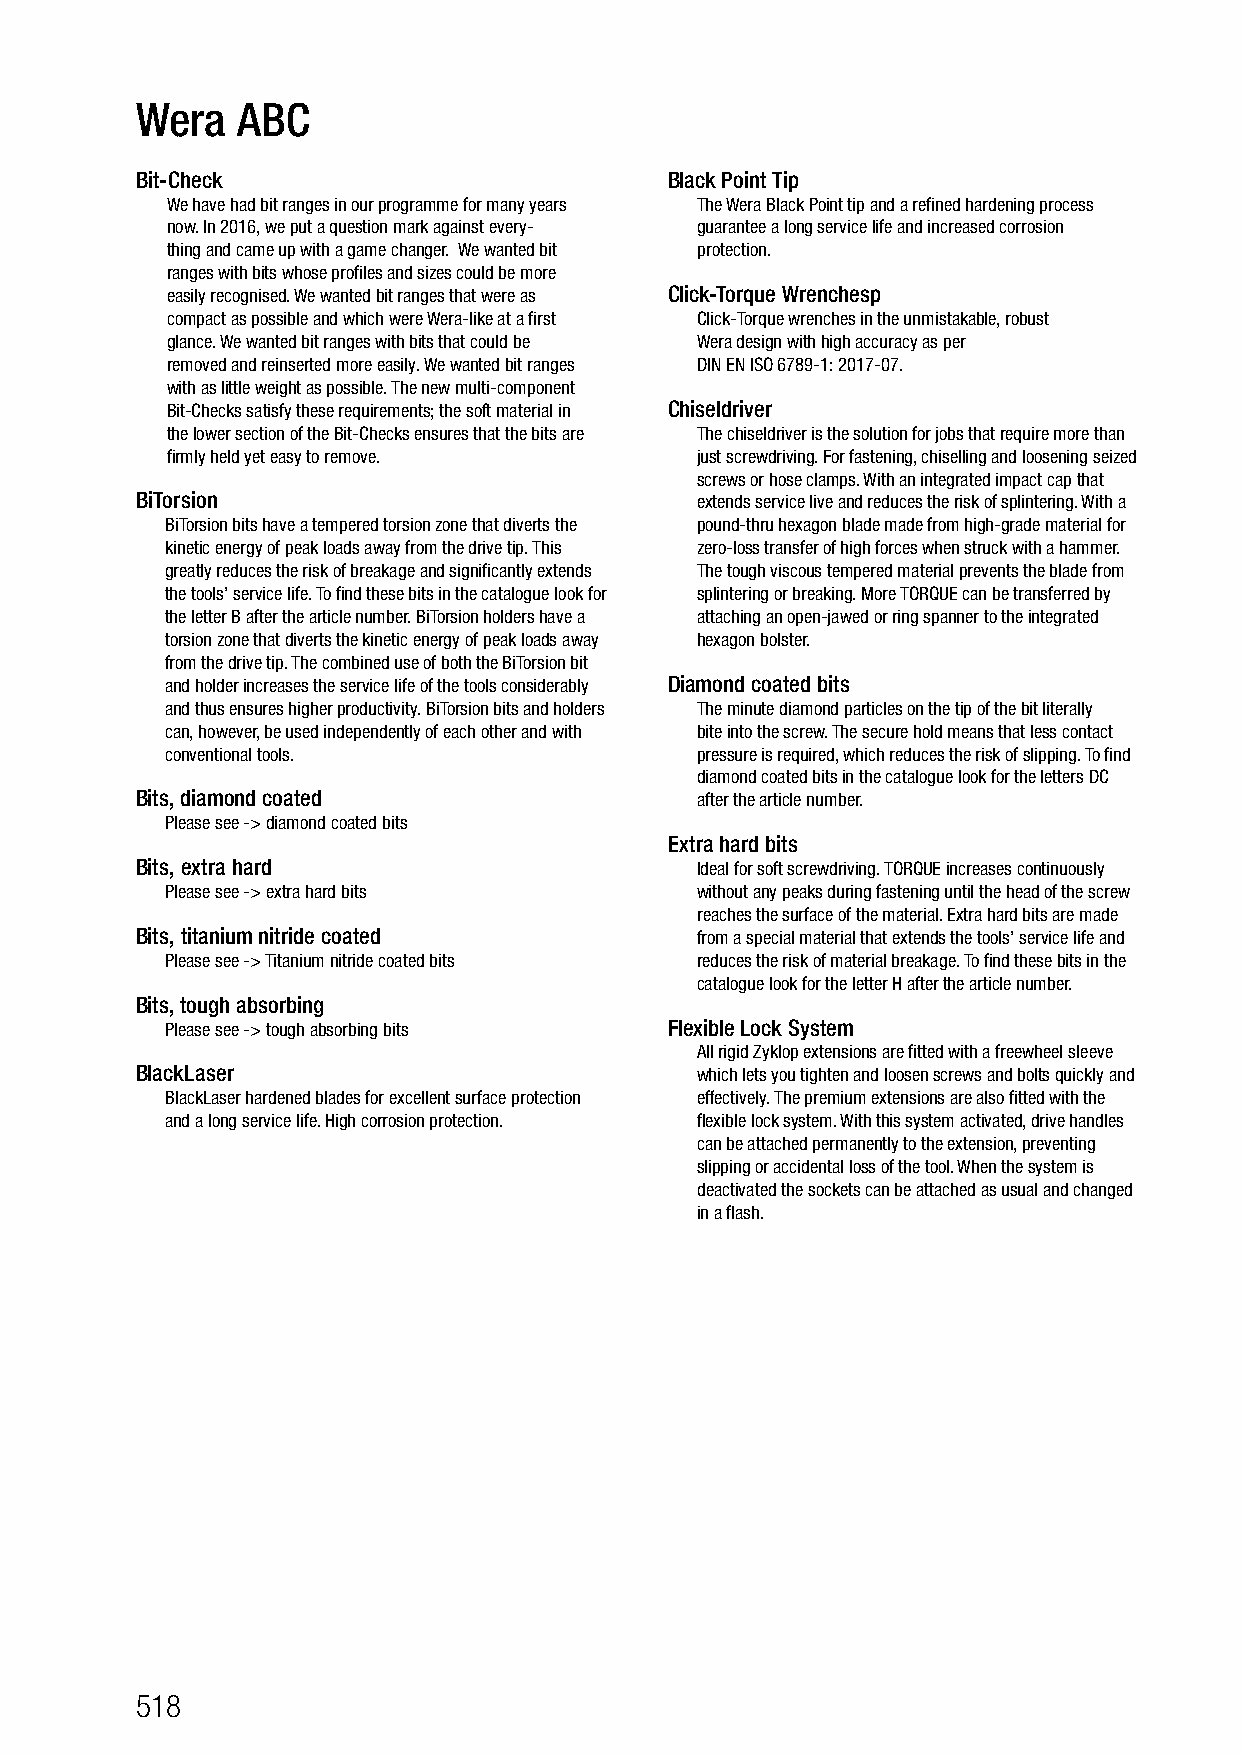
Wera   ABC
 Bit-Check                          Black Point Tip
 We have had bit ranges in our programme for many years The Wera Black Point tip and a refined hardening process
 now. In 2016, we put a question mark against every- guarantee a long service life and increased corrosion
 thing and came up with a game changer. We wanted bit protection.
 ranges with bits whose profiles and sizes could be more
 easily recognised. We wanted bit ranges that were as Click-Torque Wrenchesp
 compact as possible and which were Wera-like at a first Click-Torque wrenches in the unmistakable, robust
 glance. We wanted bit ranges with bits that could be Wera design with high accuracy as per
 removed and reinserted more easily. We wanted bit ranges DIN EN ISO 6789-1: 2017-07.
 with as little weight as possible. The new multi-component
 Bit-Checks satisfy these requirements; the soft material in Chiseldriver
 the lower section of the Bit-Checks ensures that the bits are The chiseldriver is the solution for jobs that require more than
 firmly held yet easy to remove.    just screwdriving. For fastening, chiselling and loosening seized
 screws or hose clamps. With an integrated impact cap that
 BiTorsion                            extends service live and reduces the risk of splintering. With a
 BiTorsion bits have a tempered torsion zone that diverts the pound-thru hexagon blade made from high-grade material for
 kinetic energy of peak loads away from the drive tip. This zero-loss transfer of high forces when struck with a hammer.
 greatly reduces the risk of breakage and significantly extends The tough viscous tempered material prevents the blade from
 the tools’ service life. To find these bits in the catalogue look for splintering or breaking. More TORQUE can be transferred by
 the letter B after the article number. BiTorsion holders have a attaching an open-jawed or ring spanner to the integrated
 torsion zone that diverts the kinetic energy of peak loads away hexagon bolster.
 from the drive tip. The combined use of both the BiTorsion bit
 and holder increases the service life of the tools considerably Diamond coated bits
 and thus ensures higher productivity. BiTorsion bits and holders The minute diamond particles on the tip of the bit literally
 can, however, be used independently of each other and with bite into the screw. The secure hold means that less contact
 conventional tools.                pressure is required, which reduces the risk of slipping. To find
 diamond coated bits in the catalogue look for the letters DC
 Bits, diamond coated                 after the article number.
 Please see -> diamond coated bits
 Extra hard bits
 Bits, extra hard                     Ideal for soft screwdriving. TORQUE increases continuously
 Please see -> extra hard bits      without any peaks during fastening until the head of the screw
 reaches the surface of the material. Extra hard bits are made
 Bits, titanium nitride coated        from a special material that extends the tools’ service life and
 Please see -> Titanium nitride coated bits reduces the risk of material breakage. To find these bits in the
 catalogue look for the letter H after the article number.
 Bits, tough absorbing
 Please see -> tough absorbing bits Flexible Lock System
 All rigid Zyklop extensions are fitted with a freewheel sleeve
 BlackLaser                           which lets you tighten and loosen screws and bolts quickly and
 BlackLaser hardened blades for excellent surface protection effectively. The premium extensions are also fitted with the
 and a long service life. High corrosion protection. flexible lock system. With this system activated, drive handles
 can be attached permanently to the extension, preventing
 slipping or accidental loss of the tool. When the system is
 deactivated the sockets can be attached as usual and changed
 in a flash.
 518